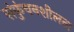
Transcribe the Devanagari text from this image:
संकुंचनशीलता